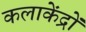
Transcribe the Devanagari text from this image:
कलाकेंद्रों